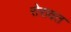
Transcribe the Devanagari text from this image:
रोरावत